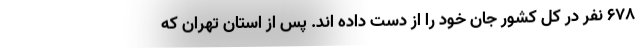
۶۷۸ نفر در کل کشور جان خود را از دست داده اند. پس از استان تهران که